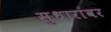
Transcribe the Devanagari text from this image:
सुधारांवर